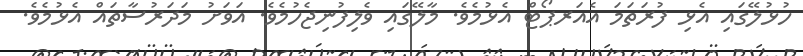
ހުޅުލޭގައި އެޅި ފުރަތަމަ އެއަރޕޯޓް އެޅުމެވެ. މާލޭގައި ވެލިފުނިޖެހުމެވެ. އަވަށު މަދަރުސާތައް އެޅުމެވެ.